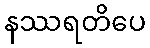
နဿရတိပေ